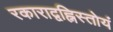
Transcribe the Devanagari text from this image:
रकाराद्वह्निस्तोयं